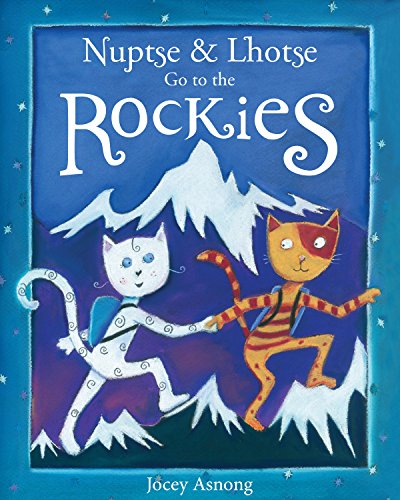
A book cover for Nuptse and Lhotse Go to the Rockies; Children's Books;